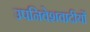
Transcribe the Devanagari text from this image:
उपनिवेशवादीयों